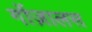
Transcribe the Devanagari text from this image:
गोंज़ालस